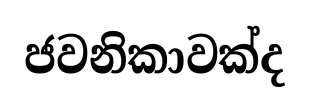
ජවනිකාවක්ද